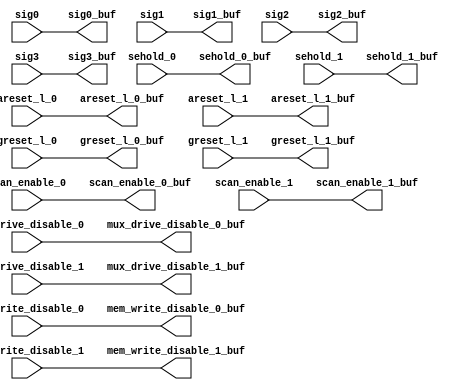
// ========== Copyright Header Begin ==========================================
// 
// OpenSPARC T1 Processor File: sctag_slow_rptr.v
// Copyright (c) 2006 Sun Microsystems, Inc.  All Rights Reserved.
// DO NOT ALTER OR REMOVE COPYRIGHT NOTICES.
// 
// The above named program is free software; you can redistribute it and/or
// modify it under the terms of the GNU General Public
// License version 2 as published by the Free Software Foundation.
// 
// The above named program is distributed in the hope that it will be 
// useful, but WITHOUT ANY WARRANTY; without even the implied warranty of
// MERCHANTABILITY or FITNESS FOR A PARTICULAR PURPOSE.  See the GNU
// General Public License for more details.
// 
// You should have received a copy of the GNU General Public
// License along with this work; if not, write to the Free Software
// Foundation, Inc., 51 Franklin St, Fifth Floor, Boston, MA 02110-1301, USA.
// 
// ========== Copyright Header End ============================================
module sctag_slow_rptr(/*AUTOARG*/
   // Outputs
   areset_l_0_buf, areset_l_1_buf, greset_l_0_buf, greset_l_1_buf, 
   scan_enable_0_buf, scan_enable_1_buf, sehold_0_buf, sehold_1_buf, 
   mux_drive_disable_0_buf, mux_drive_disable_1_buf, 
   mem_write_disable_0_buf, mem_write_disable_1_buf, sig0_buf, 
   sig1_buf, sig2_buf, sig3_buf, 
   // Inputs
   areset_l_0, areset_l_1, greset_l_0, greset_l_1, scan_enable_0, 
   scan_enable_1, sehold_0, sehold_1, mux_drive_disable_0, 
   mux_drive_disable_1, mem_write_disable_0, mem_write_disable_1, 
   sig0, sig1, sig2, sig3
   );


input	areset_l_0;
input	areset_l_1;
input	greset_l_0;
input	greset_l_1;
input	scan_enable_0;
input	scan_enable_1;
input	sehold_0;
input	sehold_1;
input	mux_drive_disable_0;
input	mux_drive_disable_1;
input	mem_write_disable_0;
input	mem_write_disable_1;
input	sig0;
input	sig1;
input	sig2;
input	sig3;

output	areset_l_0_buf;
output	areset_l_1_buf;
output	greset_l_0_buf;
output	greset_l_1_buf;
output	scan_enable_0_buf;
output	scan_enable_1_buf;
output	sehold_0_buf;
output	sehold_1_buf;
output	mux_drive_disable_0_buf;
output	mux_drive_disable_1_buf;
output	mem_write_disable_0_buf;
output	mem_write_disable_1_buf;
output	sig0_buf;
output	sig1_buf;
output	sig2_buf;
output	sig3_buf;


assign	areset_l_0_buf=areset_l_0;
assign	areset_l_1_buf=areset_l_1;
assign	greset_l_0_buf=greset_l_0;
assign	greset_l_1_buf=greset_l_1;
assign	scan_enable_0_buf=scan_enable_0;
assign	scan_enable_1_buf=scan_enable_1;
assign	sehold_0_buf=sehold_0;
assign	sehold_1_buf=sehold_1;
assign	mux_drive_disable_0_buf=mux_drive_disable_0;
assign	mux_drive_disable_1_buf=mux_drive_disable_1;
assign	mem_write_disable_0_buf=mem_write_disable_0;
assign	mem_write_disable_1_buf=mem_write_disable_1;
assign	sig0_buf=sig0;
assign	sig1_buf=sig1;
assign	sig2_buf=sig2;
assign	sig3_buf=sig3;





endmodule